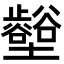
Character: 𡓼